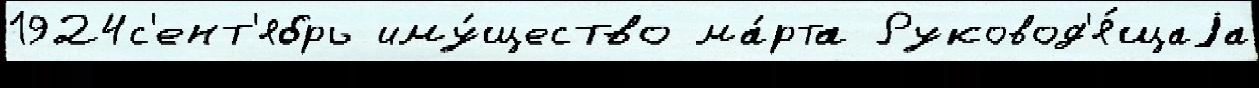
1924с'ент'ябрь иму́щество ма́рта Руковод'я́щаjа